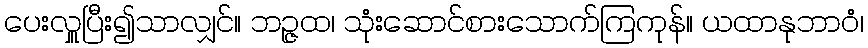
ပေးလှူပြီး၍သာလျှင်။ ဘဉ္ဇထ၊ သုံးဆောင်စားသောက်ကြကုန်။ ယထာနုဘာဝံ၊